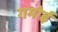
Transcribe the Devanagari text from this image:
गमोई